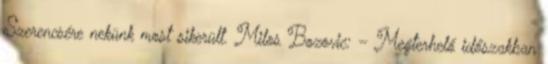
Szerencsére nekünk most sikerült. Milos Bozovic: – Megterhelő időszakban